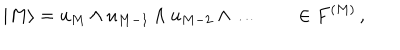
LaTeX: | M \rangle = u _ { M } \wedge u _ { M - 1 } \wedge u _ { M - 2 } \wedge \ldots \qquad \in F ^ { ( M ) } \, ,